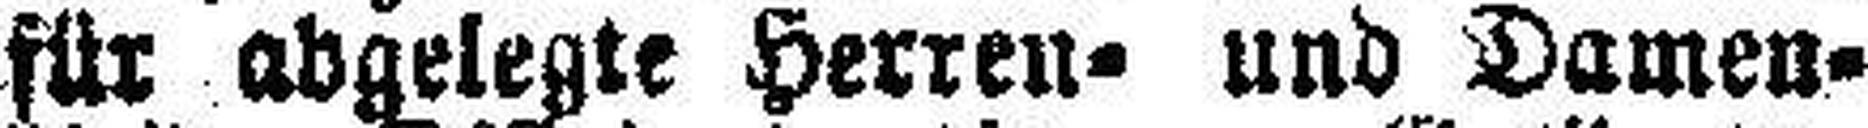
für abgelegte Herren= und Damen¬